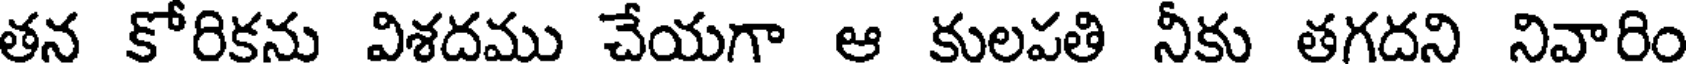
తన కోరికను విశదము చేయగా ఆ కులపతి నీకు తగదని నివారిం